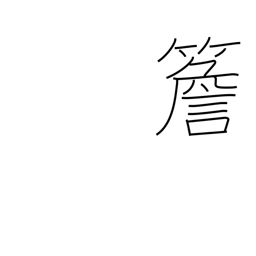
Meaning: eaves